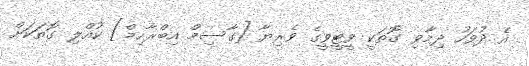
އެ ދުވަހު ދިމާވި ގޮތަކީ ވީޓީވީގެ ވެރިޔާ [ގާސިމް އިބްރާހިމް] ކުއްލި ގޮތަކަށް